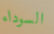
السوداء